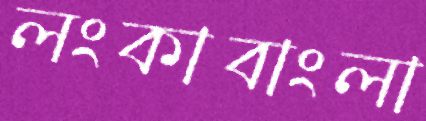
লংকাবাংলা